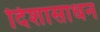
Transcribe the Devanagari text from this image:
दिशासाधन